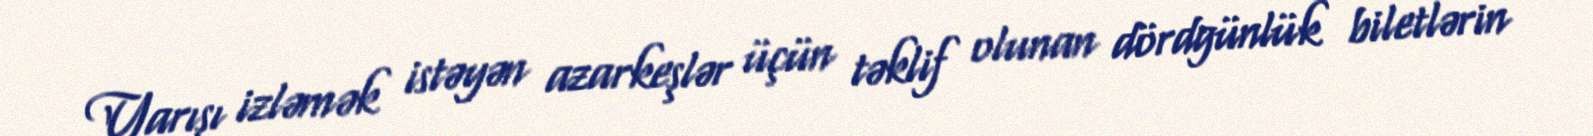
Yarışı izləmək istəyən azarkeşlər üçün təklif olunan dördgünlük biletlərin